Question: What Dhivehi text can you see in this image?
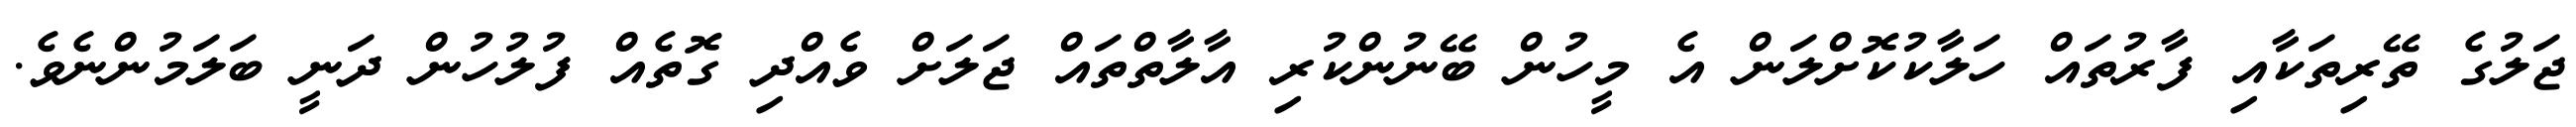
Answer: ޖަލުގެ ތޭރިތަކާއި ފާރުތައް ހަލާކުކޮށްލަން އެ މީހުން ބޭނުންކުރި އާލާތްތައް ޖަލަށް ވެއްދި ގޮތެއް ފުލުހުން ދަނީ ބަލަމުންނެވެ.